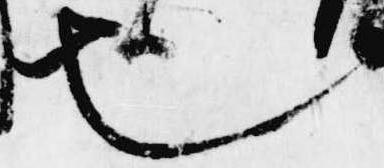
也